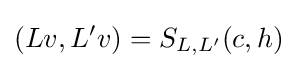
(Lv,L'v)=S_{L,L'}(c,h)